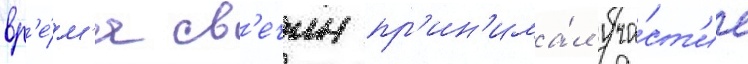
вр'е́м'я св'ечин пр'ин'има́л уча́ст'ие